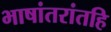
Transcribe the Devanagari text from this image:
भाषांतरांतहि